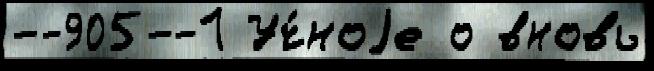
--905--1 Уч́ноjе о вновь